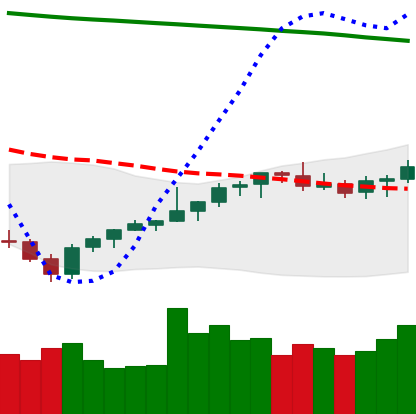
Ticker: LTC-USD
Chart end date: 2021-08-06
Forward return: 15.653%
Label: up_7plus